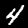
Label: 4